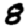
Digit: 8